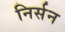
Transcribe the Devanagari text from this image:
निर्सन